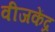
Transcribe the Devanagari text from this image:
वीजकेंद्र